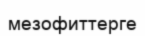
мезофиттерге